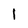
Character: 1